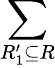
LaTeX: \sum_{R_{1}^{\prime}\subseteq R}